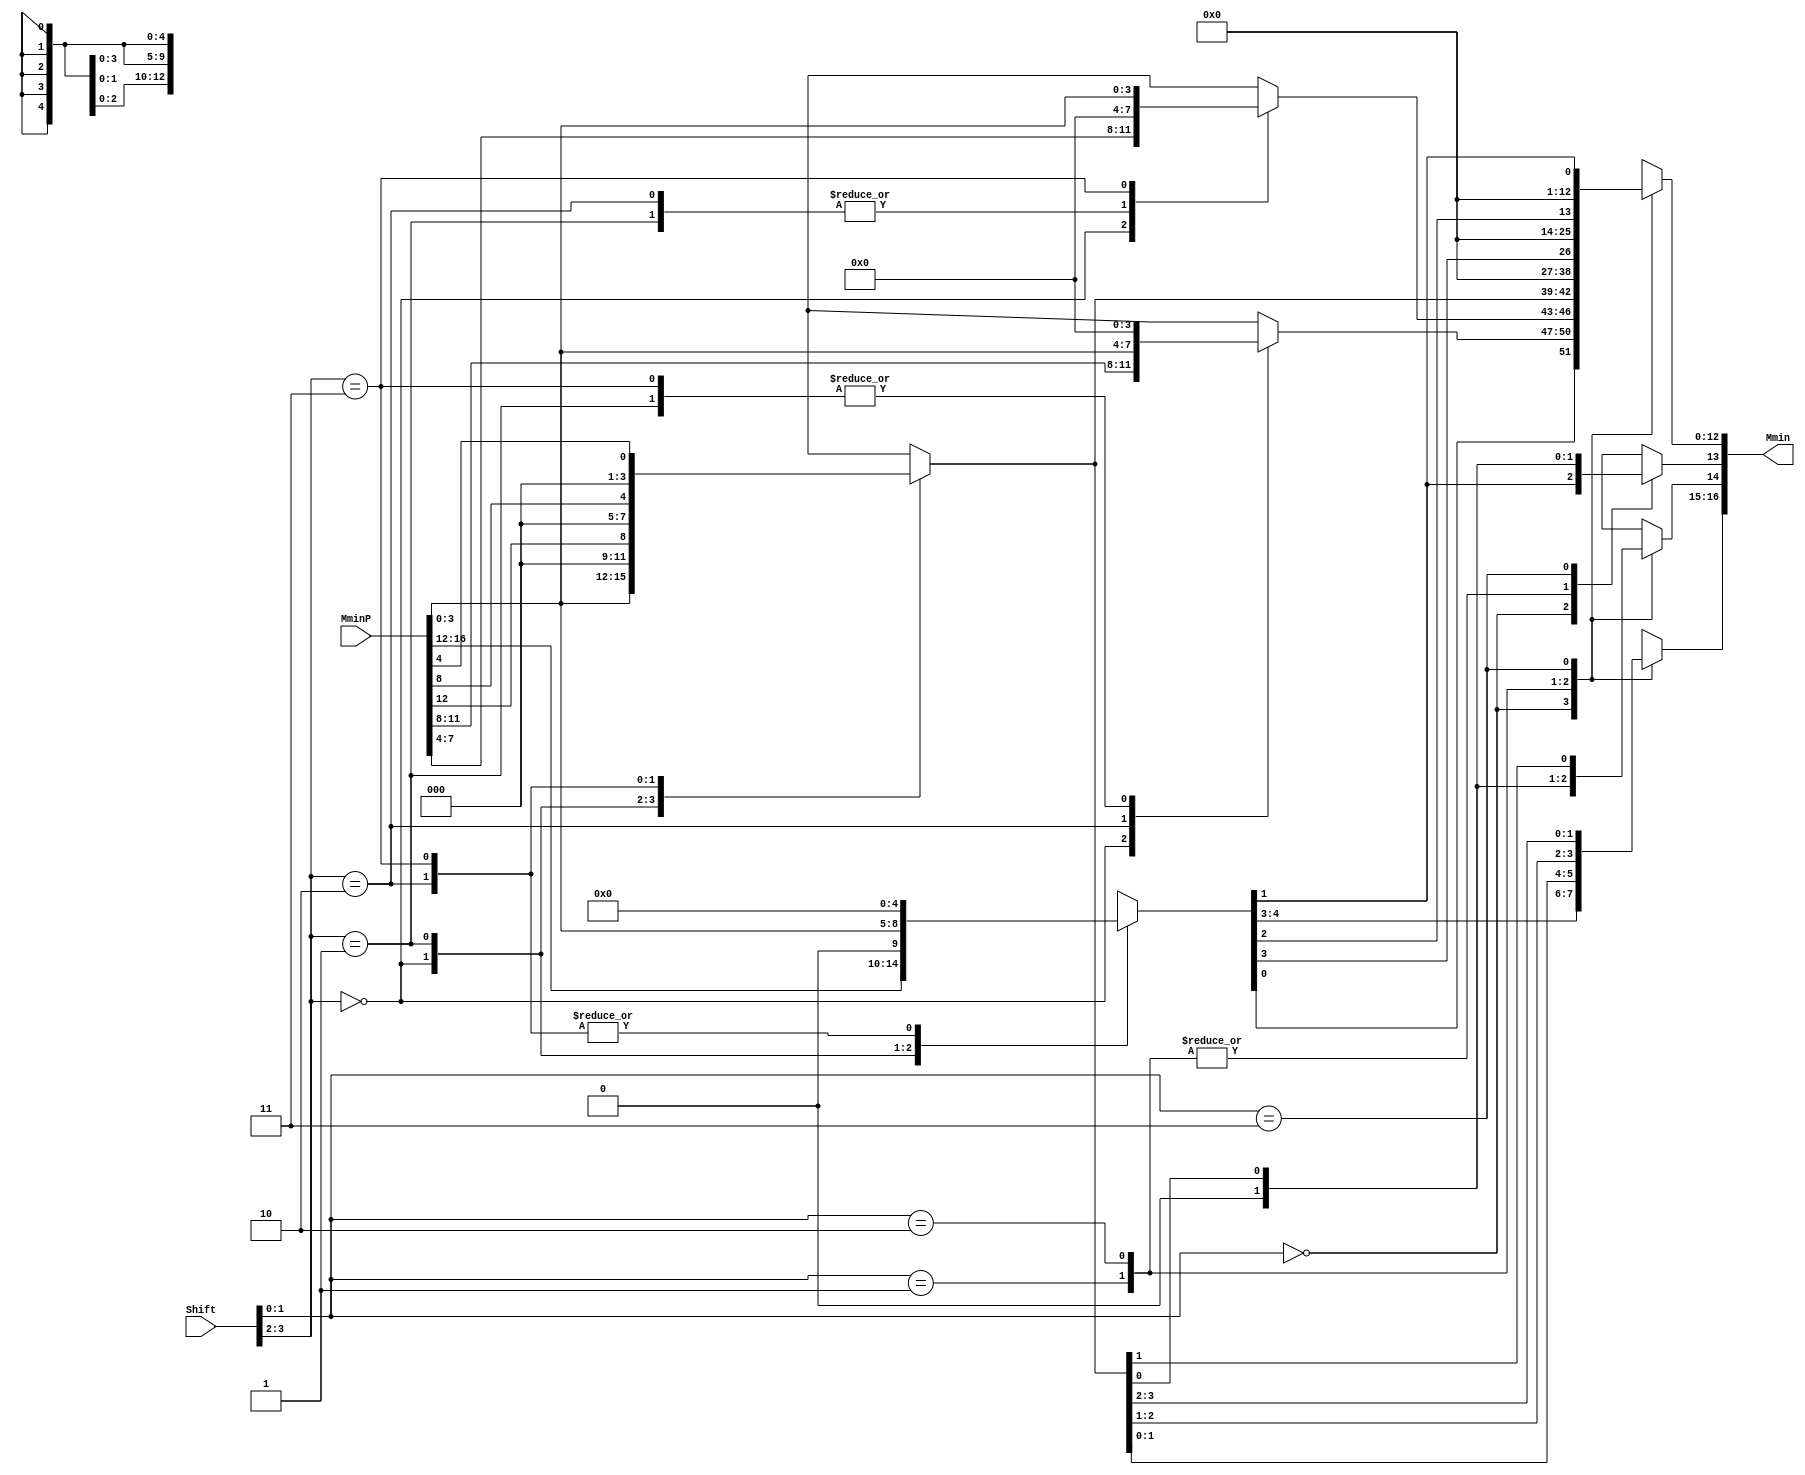
`define SIMULATION_MEMORY
`define EXPONENT 5
`define MANTISSA 10
`define ACTUAL_MANTISSA 11
`define EXPONENT_LSB 10
`define EXPONENT_MSB 14
`define MANTISSA_LSB 0
`define MANTISSA_MSB 9
`define MANTISSA_MUL_SPLIT_LSB 3
`define MANTISSA_MUL_SPLIT_MSB 9
`define SIGN 1
`define SIGN_LOC 15
`define DWIDTH (`SIGN+`EXPONENT+`MANTISSA)
`define IEEE_COMPLIANCE 1

module FPAddSub_NormalizeShift1(
		MminP,
		Shift,
		Mmin
	);

	// Input ports
	input [`DWIDTH:0] MminP ;						// Smaller mantissa after 16|12|8|4 shift
	input [3:0] Shift ;						// Shift amount

	// Output ports
	output [`DWIDTH:0] Mmin ;						// The smaller mantissa

	reg	  [`DWIDTH:0]		Lvl2;
	wire    [2*`DWIDTH+1:0]    Stage1;
	reg	  [`DWIDTH:0]		Lvl3;
	wire    [2*`DWIDTH+1:0]    Stage2;
	integer           i;               	// Loop variable

	assign Stage1 = {MminP, MminP};

	always @(*) begin    					// Rotate {0 | 4 | 8 | 12} bits
	  case (Shift[3:2])
			// Rotate by 0
			2'b00: //Lvl2 <= Stage1[`DWIDTH:0];
      begin Lvl2 = Stage1[`DWIDTH:0];  end
			// Rotate by 4
			2'b01: //begin for (i=2*`DWIDTH+1; i>=`DWIDTH+1; i=i-1) begin Lvl2[i-33] <= Stage1[i-4]; end Lvl2[3:0] <= 0; end
      begin Lvl2[`DWIDTH: (`DWIDTH-4)] = Stage1[3:0]; Lvl2[`DWIDTH-4-1:0] = Stage1[`DWIDTH-4]; end
			// Rotate by 8
			2'b10: //begin for (i=2*`DWIDTH+1; i>=`DWIDTH+1; i=i-1) begin Lvl2[i-33] <= Stage1[i-8]; end Lvl2[7:0] <= 0; end
      begin Lvl2[`DWIDTH: (`DWIDTH-8)] = Stage1[3:0]; Lvl2[`DWIDTH-8-1:0] = Stage1[`DWIDTH-8]; end
			// Rotate by 12
			2'b11: //begin for (i=2*`DWIDTH+1; i>=`DWIDTH+1; i=i-1) begin Lvl2[i-33] <= Stage1[i-12]; end Lvl2[11:0] <= 0; end
      begin Lvl2[`DWIDTH: (`DWIDTH-12)] = Stage1[3:0]; Lvl2[`DWIDTH-12-1:0] = Stage1[`DWIDTH-12]; end
	  endcase
	end

	assign Stage2 = {Lvl2, Lvl2};

	always @(*) begin   				 		// Rotate {0 | 1 | 2 | 3} bits
	  case (Shift[1:0])
			// Rotate by 0
			2'b00:  //Lvl3 <= Stage2[`DWIDTH:0];
      begin Lvl3 = Stage2[`DWIDTH:0]; end
			// Rotate by 1
			2'b01: //begin for (i=2*`DWIDTH+1; i>=`DWIDTH+1; i=i-1) begin Lvl3[i-`DWIDTH-1] <= Stage2[i-1]; end Lvl3[0] <= 0; end
      begin Lvl3[`DWIDTH: (`DWIDTH-1)] = Stage2[3:0]; Lvl3[`DWIDTH-1-1:0] = Stage2[`DWIDTH-1]; end
			// Rotate by 2
			2'b10: //begin for (i=2*`DWIDTH+1; i>=`DWIDTH+1; i=i-1) begin Lvl3[i-`DWIDTH-1] <= Stage2[i-2]; end Lvl3[1:0] <= 0; end
      begin Lvl3[`DWIDTH: (`DWIDTH-2)] = Stage2[3:0]; Lvl3[`DWIDTH-2-1:0] = Stage2[`DWIDTH-2]; end
			// Rotate by 3
			2'b11: //begin for (i=2*`DWIDTH+1; i>=`DWIDTH+1; i=i-1) begin Lvl3[i-`DWIDTH-1] <= Stage2[i-3]; end Lvl3[2:0] <= 0; end
      begin Lvl3[`DWIDTH: (`DWIDTH-3)] = Stage2[3:0]; Lvl3[`DWIDTH-3-1:0] = Stage2[`DWIDTH-3]; end
	  endcase
	end

	// Assign outputs
	assign Mmin = Lvl3;						// Take out smaller mantissa

endmodule